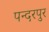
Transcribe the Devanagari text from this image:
पन्दरपुर